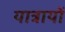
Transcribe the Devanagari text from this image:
यात्रायों